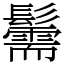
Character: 䰑